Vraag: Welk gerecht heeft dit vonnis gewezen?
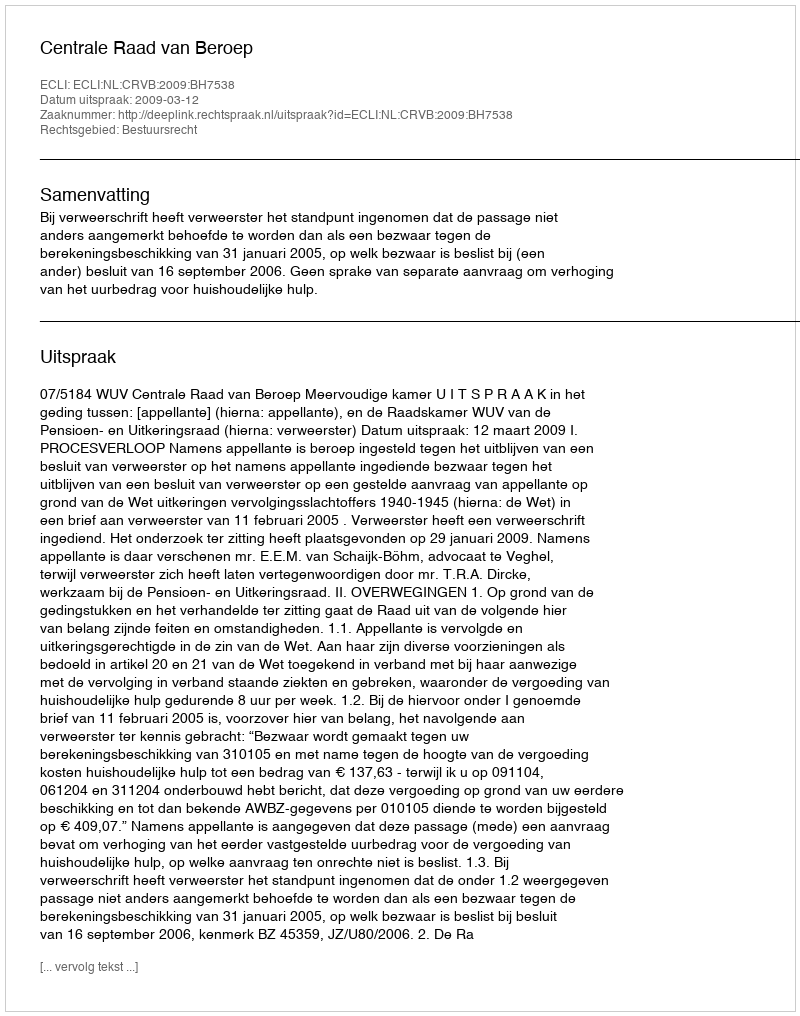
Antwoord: Centrale Raad van Beroep